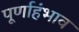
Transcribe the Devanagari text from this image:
पूर्णाहंभाव